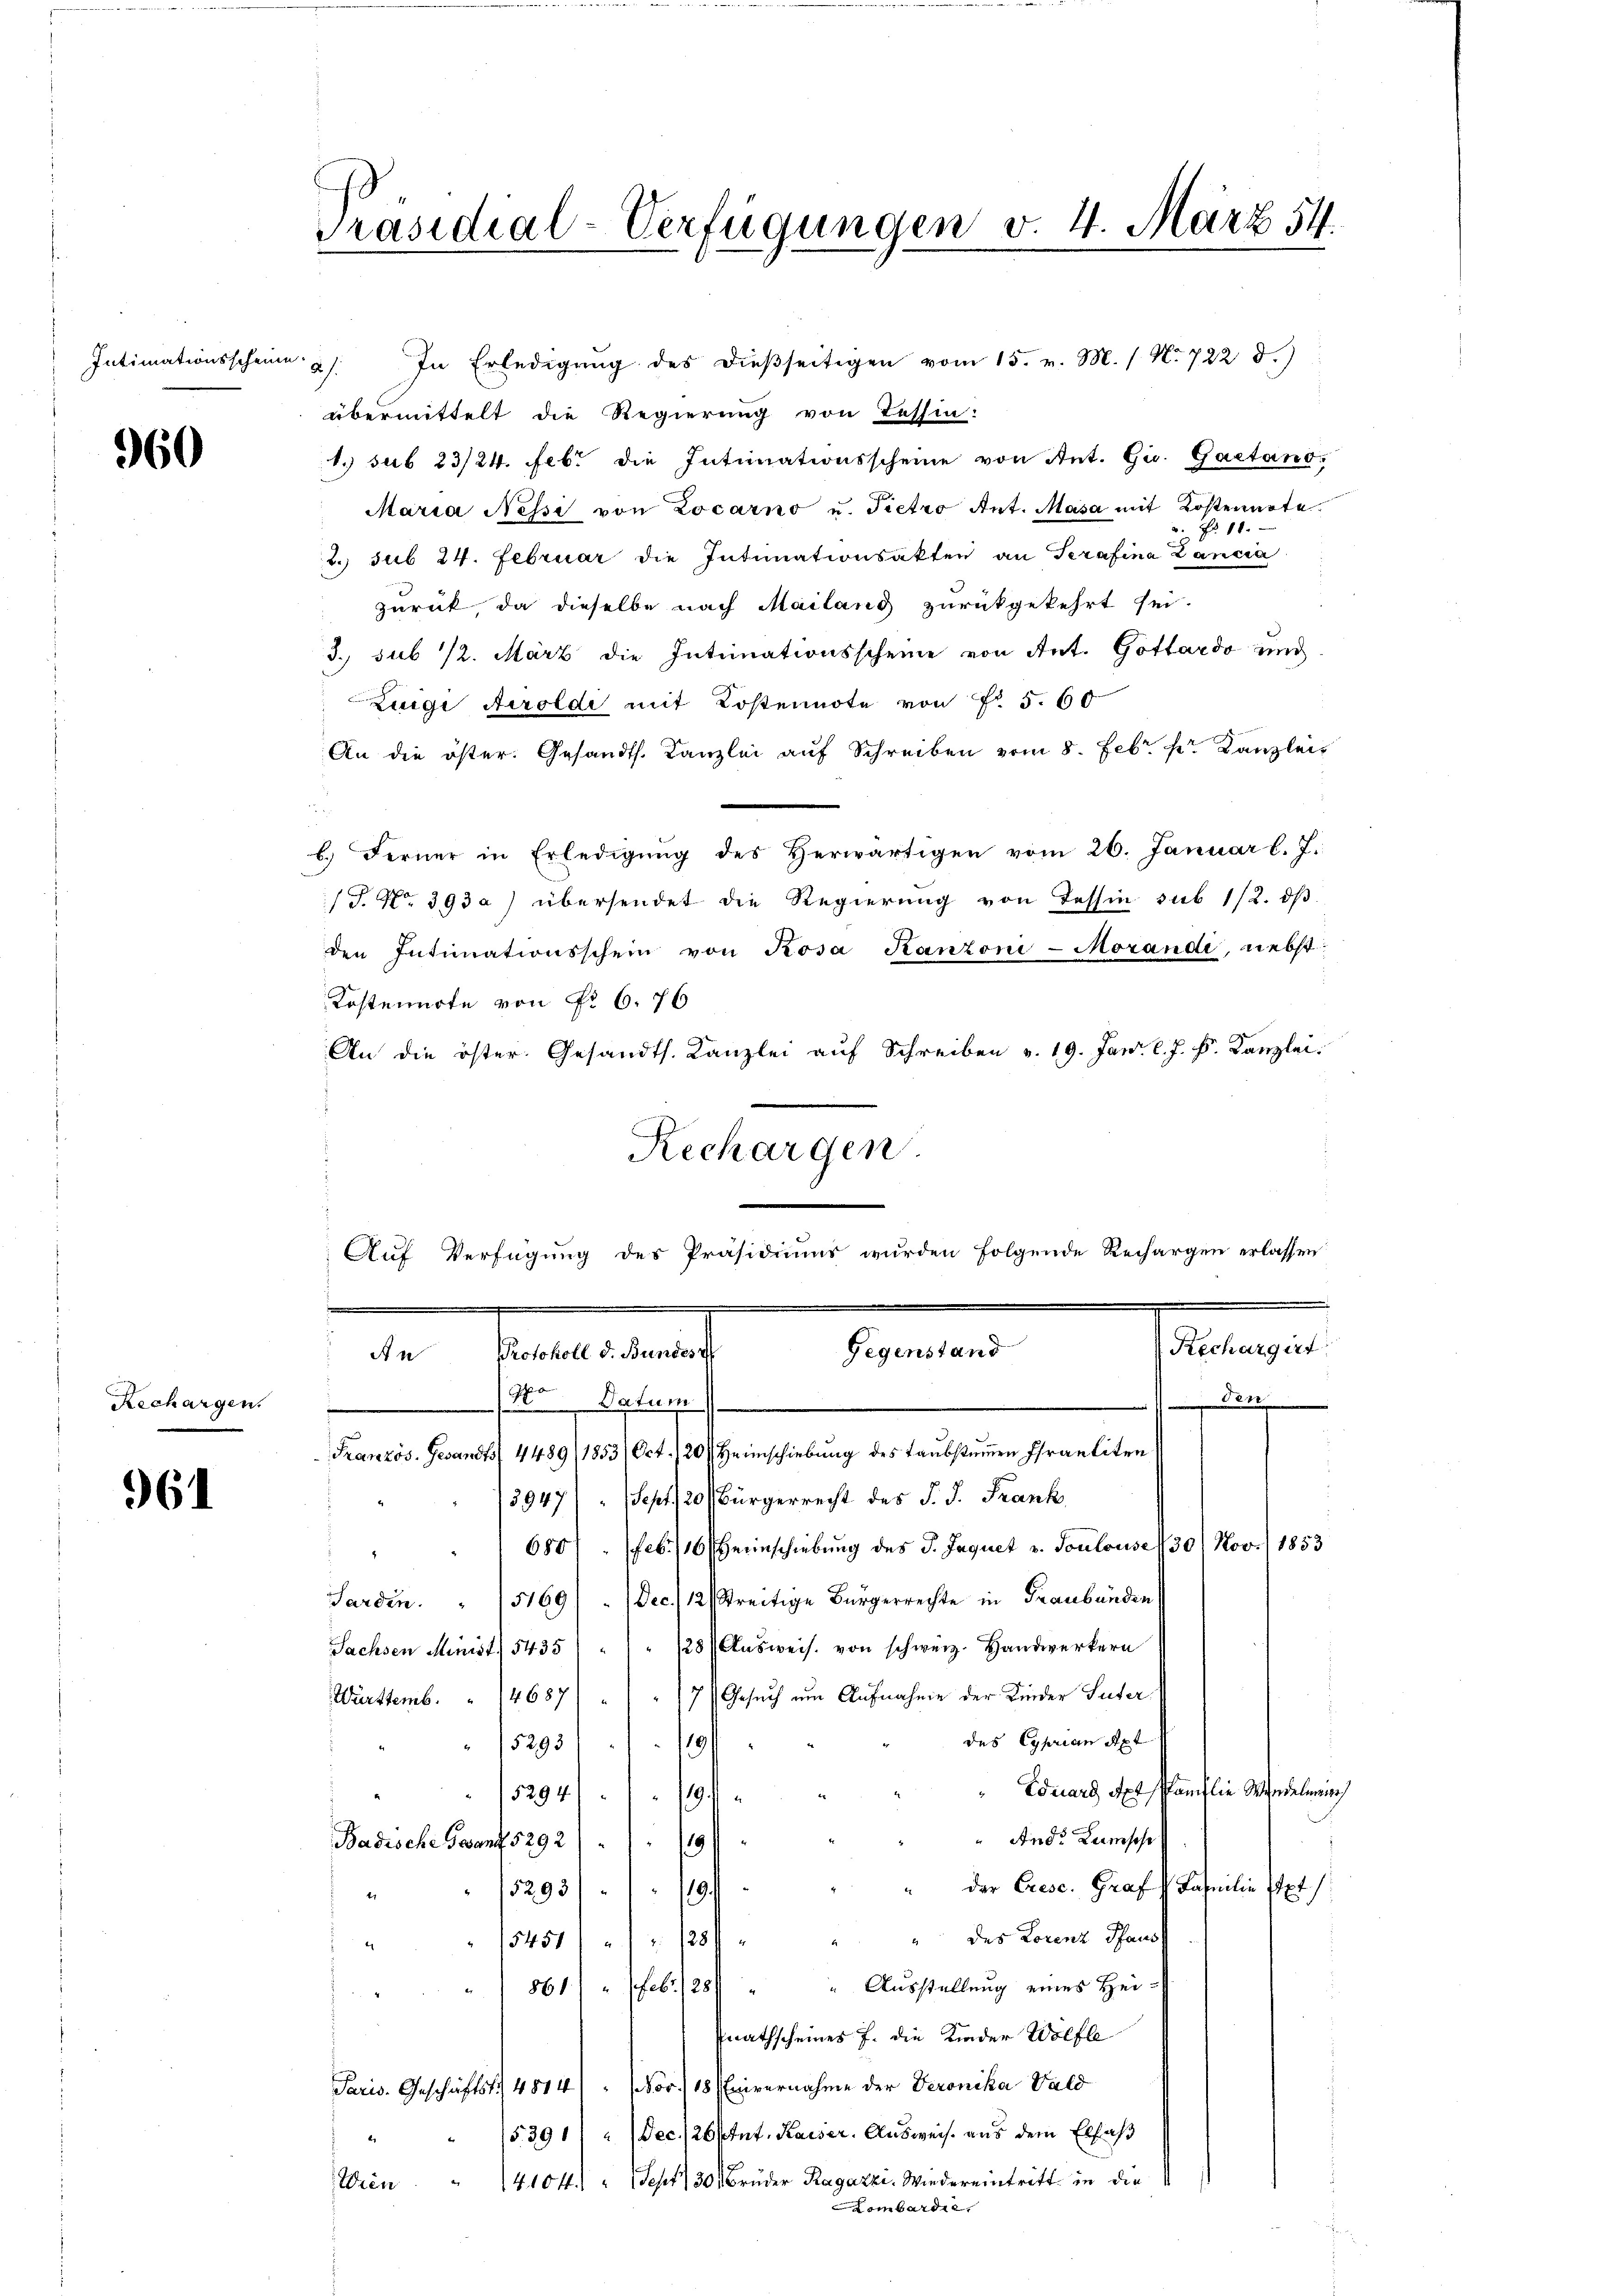
Intimationsscheine

960

Rechargen.

961

Präsidial-Verfügungen v. 4. März 54.

2). In Erledigŭng des dießseitigen vom 15. v. M. / N. 722 d.)
übermittelt die Regierung von Tessin:
1. sub 23/24. Febr die Intimationsscheine von Ant. Gi. Gaetand,
Maria Nessi von Locarno u. Pietro Ant. Masa mit Kostennote.
 N. 11.
2. sub 24. Februar die Intimationsakten an Serafina Lancia
zurück, da dieselbe nach Mailand zurückgekehrt sei.
3. sub 12. März die Intimationsscheine von Ant. Gottardo und
Zuigi Airoldi mit Kostennote von § 5. 60
An die öster. Gesandts. Kanzlei auf Schreiben vom 8. Febr. pr. Kanzlei
i
b. Ferner in Erledigŭng des herwärtigen vom 26. Januar l. J.
/J. No. 393a) übersendet die Regierung von Tessin sub 1/2. dβ
den Intimationsschein von Rosa Kantoni-Morandi, nebst
Kostenirte von Nr. 6. 76
An die öster. Gesandts. Kanzlei auf Schreiben v. 19. Jan. l. J. F. Kanzlei.
Rechargen.
Auf Verfügung des Präsidiums wurden folgende Rechargen erlassen
Rechargirt
Gegenstand
de Petenten
1ten Datum

Französ. Gesandts 4489/1853/ Oct. 120. Heimschiebung des Taubstamen Frantiten
3947/ Sept. 20 (Bürgerrecht des J. J. Frank
6801. Feb. 10 einschiebung des J. Jaquet v. Toulouse 130/ Nov. 1853
.
Sardin. " 15169/  (Dec. 12 Streitige Bürgerrechte in Graubünden
Sachsen Minist. 5435 " " " " 128 (Aŭsweis. von schweiz. Handwerkern
Württemb. " 14687) " " 17 (Gesŭch um Aufnahme der Kinder Suter
des Cyprian Apt
15293/ 1891
Eduard Axt Pfanflie Wiedelmin
5294)
1
e
4
And. Lumsehe
Badische Frant 5292/
1
119
" der Crese. Graf Familie Pet
5293/ 1891
41
" des Lorenz Haus
5451/2 128/
.
861) " (Feb. 281 " " Aŭsstellung eines Hei-
nathscheines J. die Kinder Wolfle
Paris. Geschäftst 4814.) " Nov. 18 (Enivernahme der Veronika Wald
5391) Dec. 26 ftut. Kaiser. Ausweise aus dem Erfas
4
Wien " 1410 f.) " Sept. 30. Brüder Ragazzi. Wiedereintritt in die